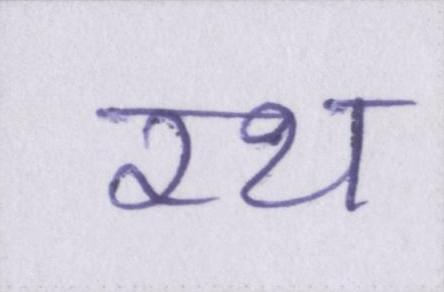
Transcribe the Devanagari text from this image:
रथ